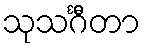
သုသင်္ဂီတာ